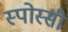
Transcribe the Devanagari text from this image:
स्पोस्सी